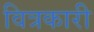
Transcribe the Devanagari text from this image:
वित्रकारी